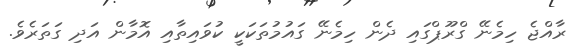
ރާއްޖެ ހިމެނޭ ގްރޫޕްގައި ދެން ހިމެނޭ ގަައުމުތަކަކީ ކުވައިތާއި އޮމާން އަދި ގަތަރެވެ.